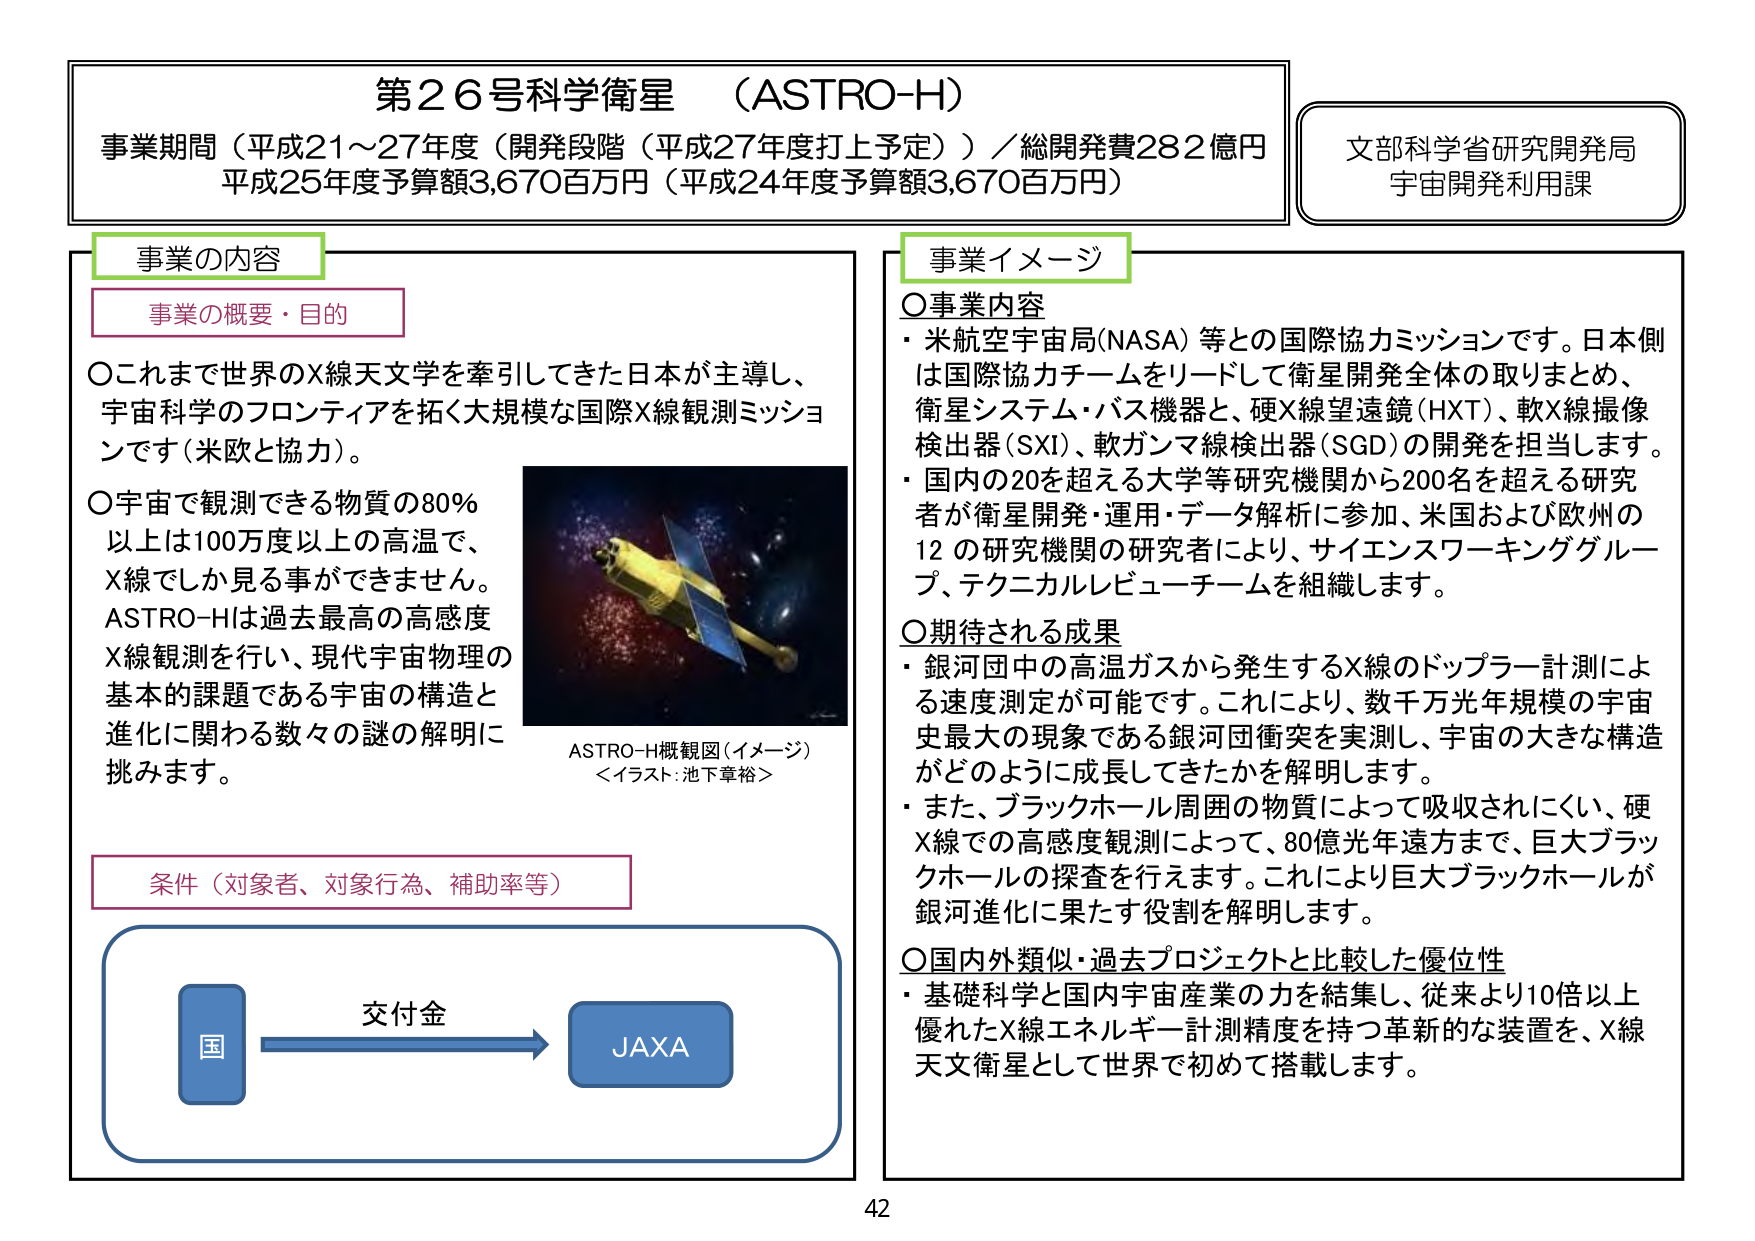
第２６号科学衛星（ASTRO-H）
事業期間（平成21～27年度（開発段階（平成27年度打上予定））／総開発費282億円
平成25年度予算額3,670百万円（平成24年度予算額3,670百万円）

文部科学省研究開発局
宇宙開発利用課

事業の内容
事業の概要・目的
〇これまで世界のX線天文学を牽引してきた日本が主導し、
宇宙科学のフロンティアを拓く大規模な国際X線観測ミッションです（米欧と協力）。
〇宇宙で観測できる物質の80％以上は100万度以上の高温で、
X線でしか見る事ができません。
ASTRO-Hは過去最高の高感度X線観測を行い、現代宇宙物理の
基本的課題である宇宙の構造と進化に関わる数々の謎の解明に
挑みます。

ASTRO-H概観図（イメージ）
＜イラスト：池下章裕＞

条件（対象者、対象行為、補助率等）
国 → 交付金 → JAXA

事業イメージ
〇事業内容
・米航空宇宙局(NASA)等との国際協力ミッションです。日本側は国際協力チームをリードして衛星開発全体の取りまとめ、
衛星システム・バス機器と、硬X線望遠鏡（HXT）、軟X線撮像検出器（SXI）、軟ガンマ線検出器（SGD）の開発を担当します。
・国内の20を超える大学等研究機関から200名を超える研究者が衛星開発・運用・データ解析に参加、米国および欧州の
12の研究機関の研究者により、サイエンスワーキンググループ、テクニカルレビューチームを組織します。

〇期待される成果
・銀河団中の高温ガスから発生するX線のドップラー計測による速度測定が可能です。これにより、数千万光年規模の宇宙史最大の現象である銀河団衝突を実測し、宇宙の大きな構造がどのように成長してきたかを解明します。
・また、ブラックホール周囲の物質によって吸収されにくい、硬X線での高感度観測によって、80億光年遠方まで、巨大ブラックホールの探査を行えます。これにより巨大ブラックホールが銀河進化に果たす役割を解明します。

〇国内外類似・過去プロジェクトと比較した優位性
・基礎科学と国内宇宙産業の力を結集し、従来より10倍以上優れたX線エネルギー計測精度を持つ革新的な装置を、X線天文衛星として世界で初めて搭載します。

42